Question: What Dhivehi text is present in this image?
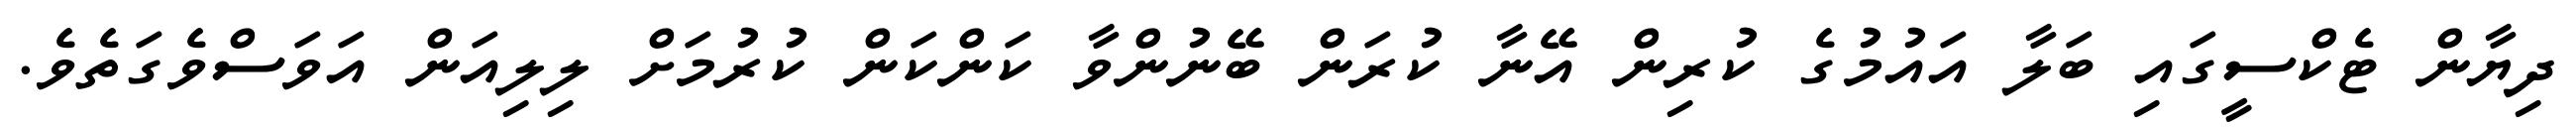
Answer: ދިޔާން ޓެކްސީގައި ބަލާ އައުމުގެ ކުރިން އޭނާ ކުރަން ބޭނުންވާ ކަންކަން ކުރުމަށް ލިލިއަން އަވަސްވެގަތެވެ.